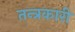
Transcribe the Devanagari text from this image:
तन्त्रकारी